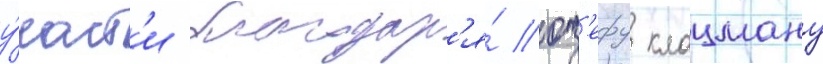
у́част'и благодар'я́ юз'ефу клацману